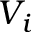
V _ { i }